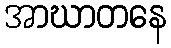
အာဃာတနေ